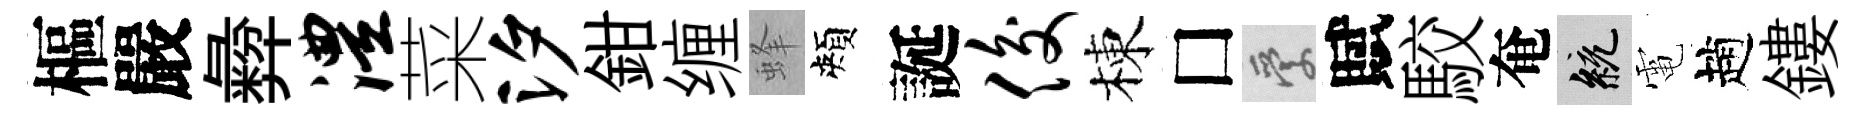
樞嚴彜澧菜汐鉗缠蜂頰誕俊棟□愛賦駮奄統電趙鏤